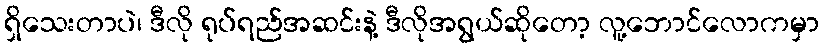
ရှိသေးတာပဲ၊ ဒီလို ရုပ်ရည်အဆင်းနဲ့ ဒီလိုအရွယ်ဆိုတော့ လူ့ဘောင်လောကမှာ